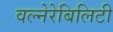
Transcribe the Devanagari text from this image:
वल्नेरेबिलिटी